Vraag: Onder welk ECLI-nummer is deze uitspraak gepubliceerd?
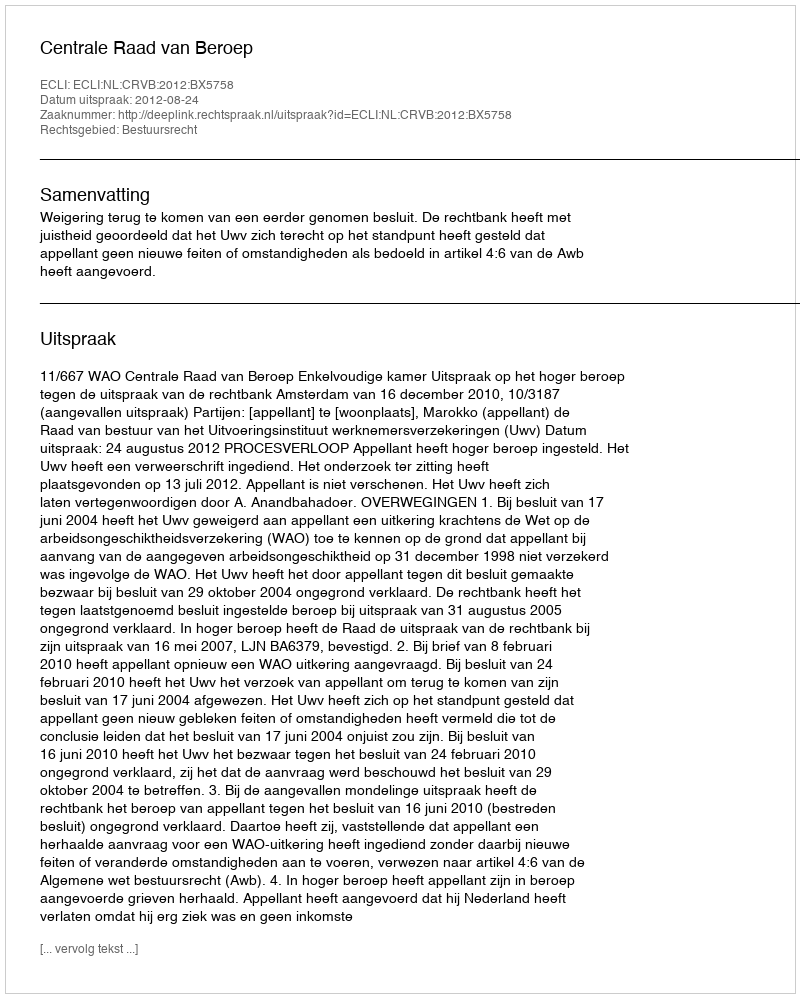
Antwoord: ECLI:NL:CRVB:2012:BX5758